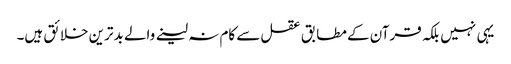
یہی نہیں بلکہ قرآن کے مطابق عقل سے کام نہ لینے والے بدترین خلائق ہیں۔